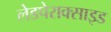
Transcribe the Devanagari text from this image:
लेडपेराक्साइड